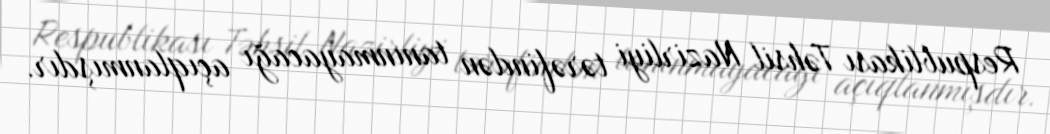
Respublikası Təhsil Nazirliyi tərəfindən tanınmayacağı açıqlanmışdır.